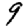
Digit: 9